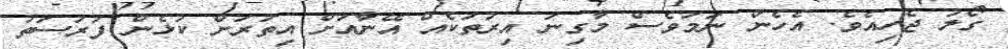
ގޯލު ޖެހިއެވެ. އެހެން ނަމަވެސް މާގިނަ އިރުތަކެއް އޭނާއަށް އިތުރަށް ކުޅެން ފުރުސަތު